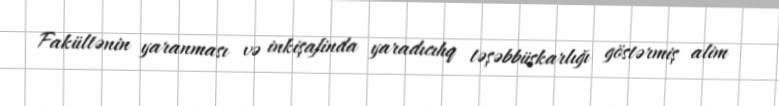
Fakültənin yaranması və inkişafinda yaradıcıhq təşəbbüskarlığı göstərmiş alim